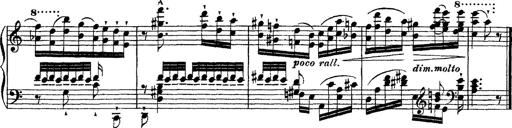
Title: Ã‰tudes d'exÃ©cution transcendante d'aprÃ¨s Paganini
Composer: Franz Liszt